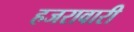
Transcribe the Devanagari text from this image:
हजरावारी